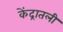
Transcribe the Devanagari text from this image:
केंद्रातली